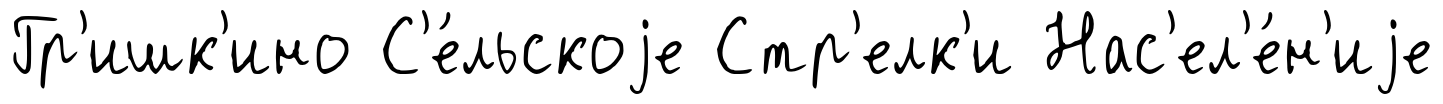
Гр'ишк'ино С'е́льскоjе Стр'елк'и Нас'ел'е́н'иjе